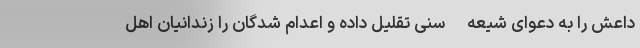
داعش را به دعوای شیعه-سنی تقلیل داده و اعدام شدگان را زندانیان اهل